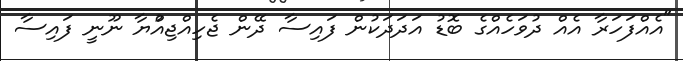
"އެއްފަހަރާ އެއް ދުވަހެއްގެ ބޮޑު އަދަދަކުން ފައިސާ ދޭން ޖެހިއްޖިއްުޔާ ނޫނީ ފައިސާ